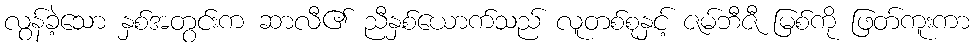
လွန်ခဲ့သော နှစ်အတွင်းက ဆာလီ၏ ညီနှစ်ယောက်သည် လူတစ်စုနှင့် ဇမ်ဘီဇီ မြစ်ကို ဖြတ်ကူးကာ